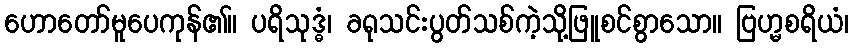
ဟောတော်မူပေကုန်၏။ ပရိသုဒ္ဓံ၊ ခရုသင်းပွတ်သစ်ကဲ့သို့ဖြူစင်စွာသော။ ဗြဟ္မစရိယံ၊